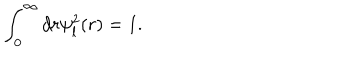
LaTeX: \displaystyle \int _ { 0 } ^ { \infty } d r \psi _ { l } ^ { 2 } ( r ) = 1 .